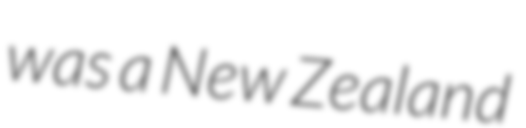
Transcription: was a New Zealand